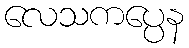
လေသကပ္ပေန